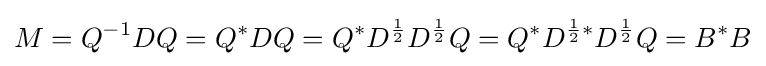
M=Q^{-1}DQ=Q^{*}DQ=Q^{*}D^{\frac {1}{2}}D^{\frac {1}{2}}Q=Q^{*}D^{{\frac {1}{2}}*}D^{\frac {1}{2}}Q=B^{*}B